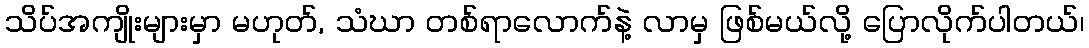
သိပ်အကျိုးများမှာ မဟုတ်, သံဃာ တစ်ရာလောက်နဲ့ လာမှ ဖြစ်မယ်လို့ ပြောလိုက်ပါတယ်၊